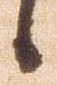
候